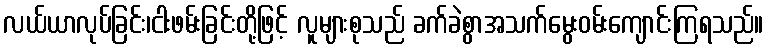
လယ်ယာလုပ်ခြင်း၊ငါးဖမ်းခြင်းတို့ဖြင့် လူများစုသည် ခက်ခဲစွာအသက်မွေးဝမ်းကျောင်းကြရသည်။